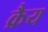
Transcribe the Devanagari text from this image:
क्रैय